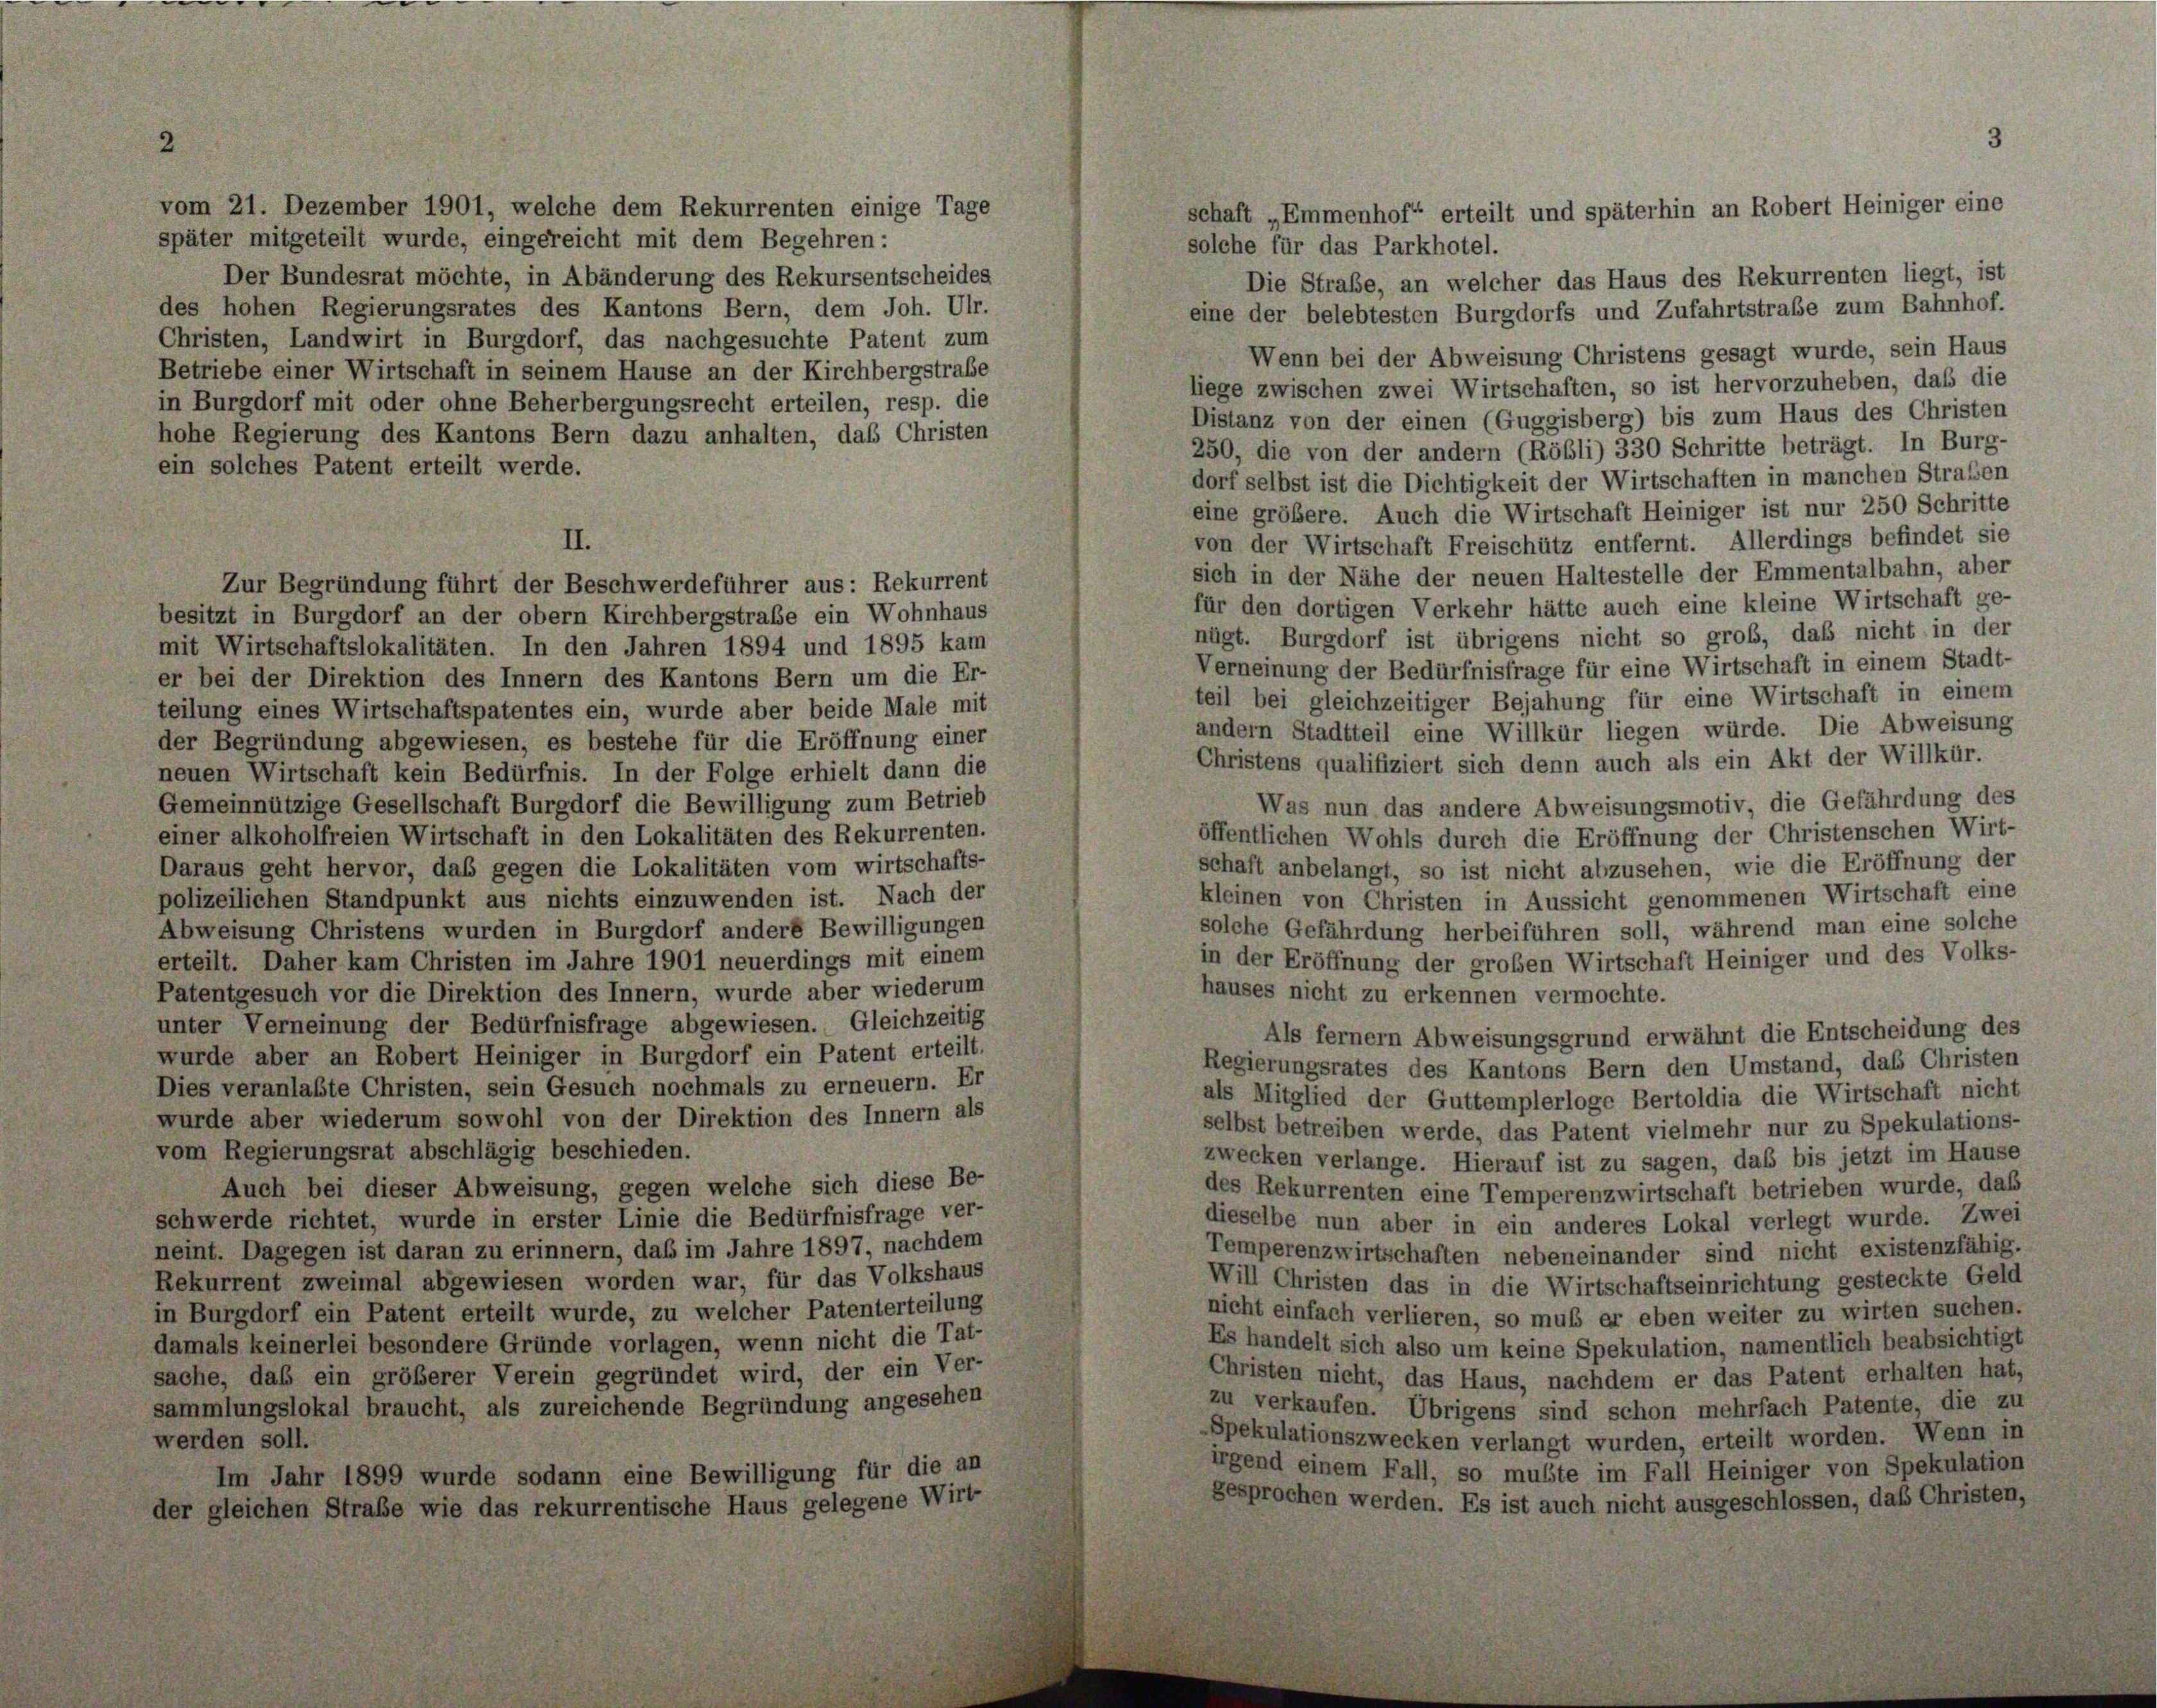
vom 21. Dezember 1901, welche dem Rekurrenten einige Tage
später mitgeteilt wurde, eingereicht mit dem Begehren:
solche für das Parkhotel.
Der Bundesrat möchte, in Abänderung des Rekursentscheides
Die Straße, an welcher das Haus des Rekurrenten liegt, ist
des hohen Regierungsrates des Kantons Bern, dem Joh. Ulr.
eine der belebtesten Burgdorfs und Zufahrtstraße zum Bahnhof.
Christen, Landwirt in Burgdorf, das nachgesuchte Patent zum
Wenn bei der Abweisung Christens gesagt wurde, sein Haus
Betriebe einer Wirtschaft in seinem Hause an der Kirchbergstrabe
liege zwischen zwei Wirtschaften, so ist hervorzuheben, daß die
in Burgdorf mit oder ohne Beherbergungsrecht erteilen, resp. die
Distanz von der einen (Guggisberg) bis zum Haus des Christen
hohe Regierung des Kantons Bern dazu anhalten, daß Christen
250, die von der andern (Röbli) 330 Schritte beträgt. In Burg-
ein solches Patent erteilt werde.
dorf selbst ist die Dichtigkeit der Wirtschaften in manchen Straßen
eine größere. Auch die Wirtschaft Heiniger ist nur 250 Schritte
von der Wirtschaft Freischütz entfernt. Allerdings befindet sie
sich in der Nähe der neuen Haltestelle der Emmentalbahn, aber
für den dortigen Verkehr hätte auch eine kleine Wirtschaft ge-
besitzt in Burgdorf an der obern Kirchbergstraße ein Wohnhaus
nügt. Burgdorf ist übrigens nicht so groß, daß nicht in der
mit Wirtschaftslokalitäten. In den Jahren 1894 und 1895 kam
Verneinung der Bedürfnisfrage für eine Wirtschaft in einem Stadt-
er bei der Direktion des Innern des Kantons Bern um die Er-
teil bei gleichzeitiger Bejahung für eine Wirtschaft in einem
teilung eines Wirtschaftspatentes ein, wurde aber beide Male mit
andern Stadtteil eine Willkür liegen würde. Die Abweisung
der Begründung abgewiesen, es bestehe für die Eröffnung einer
Christens qualifiziert sich denn auch als ein Akt der Willkür.
neuen Wirtschaft kein Bedürfnis. In der Folge erhielt dann die
Was nun das andere Abweisungsmotiv, die Gefährdung des
Gemeinnützige Gesellschaft Burgdorf die Bewilligung zum Betrieb
öffentlichen Wohls durch die Eröffnung der Christenschen Wirt-
einer alkoholfreien Wirtschaft in den Lokalitäten des Rekurrenten.
schaft anbelangt, so ist nicht abzusehen, wie die Eröffnung der
Daraus geht hervor, das gegen die Lokalitäten vom wirtschafts-
kleinen von Christen in Aussicht genommenen Wirtschaft eine
polizeilichen Standpunkt aus nichts einzuwenden ist. Nach der
solche Gefährdung herbeiführen soll, während man eine solche
Abweisung Christens wurden in Burgdorf andere Bewilligungen
in der Eröffnung der großen Wirtschaft Heiniger und des Volks-
erteilt. Daher kam Christen im Jahre 1901 neuerdings mit einem
Patentgesuch vor die Direktion des Innern, wurde aber wiederum
hauses nicht zu erkennen vermochte.
unter Verneinung der Bedürfnisfrage abgewiesen. Gleichzeitig
Als fernem Abweisungsgrund erwähnt die Entscheidung des
wurde aber an Robert Heiniger in Burgdorf ein Patent erteilt.
Regierungsrates des Kantons Bern den Umstand, das Christen
Dies veranlaßte Christen, sein Gesuch nochmals zu erneuern. Er
als Mitglied der Guttemplerloge Bertoldia die Wirtschaft nicht
wurde aber wiederum sowohl von der Direktion des Innern als
selbst betreiben werde, das Patent vielmehr nur zu Spekulations-
vom Regierungsrat abschlägig beschieden.
zwecken verlange. Hierauf ist zu sagen, daß bis jetzt im Hause
Auch bei dieser Abweisung, gegen welche sich diese Be-
des Rekurrenten eine Temperenzwirtschaft betrieben wurde, daß
schwerde richtet, wurde in erster Linie die Bedürfnisfrage ver-
dieselbe nun aber in ein anderes Lokal verlegt wurde. Zwei
neint. Dagegen ist daran zu erinnern, daß im Jahre 1897, nachdem
Temperenzwirtschaften nebeneinander sind nicht existenzfähig.
Rekurrent zweimal abgewiesen worden war, für das Volkshaus
Will Christen das in die Wirtschaftseinrichtung gesteckte Geld
in Burgdorf ein Patent erteilt wurde, zu welcher Patenterteilung
nicht einfach verlieren, so muß er eben weiter zu wirten suchen.
damals keinerlei besondere Gründe vorlagen, wenn nicht die Tat-
Es handelt sich also um keine Spekulation, namentlich beabsichtigt
sache, daß ein größerer Verein gegründet wird, der ein Ver-
Christen nicht, das Haus, nachdem er das Patent erhalten hat,
zu verkaufen. Übrigens sind schon mehrfach Patente, die zu
sammlungslokal braucht, als zureichende Begründung angesehen
Spekulationszwecken verlangt wurden, erteilt worden. Wenn in
werden soll.
irgend einem Fall, so musste im Fall Heiniger von Spekulation
Im Jahr 1899 wurde sodann eine Bewilligung für die an
gesprochen werden. Es ist auch nicht ausgeschlossen, daß Christen,
der gleichen Straße wie das rekurrentische Haus gelegene Wirt-

II.
Zur Begründung führt der Beschwerdeführer aus: Rekurrent

3
schaft „Emmenhof“ erteilt und späterhin an Robert Heiniger eine